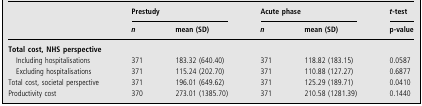
<table><thead><tr><td></td><td colspan="2"><b>Prestudy</b></td><td colspan="2"><b>Acute phase</b></td><td><b><i>t</i>-test</b></td></tr><tr><td></td><td><b><i>n</i></b></td><td><b>mean (SD)</b></td><td><b><i>n</i></b></td><td><b>mean (SD)</b></td><td><b>p-value</b></td></tr></thead><tbody><tr><td colspan="6"><b>Total cost, NHS perspective</b></td></tr><tr><td>Including hospitalisations</td><td>371</td><td>183.32 (640.40)</td><td>371</td><td>118.82 (183.15)</td><td>0.0587</td></tr><tr><td>Excluding hospitalisations</td><td>371</td><td>115.24 (202.70)</td><td>371</td><td>110.88 (127.27)</td><td>0.6877</td></tr><tr><td>Total cost, societal perspective</td><td>371</td><td>196.01 (649.62)</td><td>371</td><td>125.29 (189.71)</td><td>0.0410</td></tr><tr><td>Productivity cost</td><td>370</td><td>273.01 (1385.70)</td><td>371</td><td>210.58 (1281.39)</td><td>0.1440</td></tr></tbody></table>